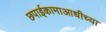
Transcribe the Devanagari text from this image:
छपाईकामाआधीच्या